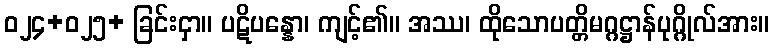
ဝ၂၄+၀၂၅+ ခြင်းငှာ။ ပဋိပန္နော၊ ကျင့်၏။ အဿ၊ ထိုသောပတ္တိမဂ္ဂဋ္ဌာန်ပုဂ္ဂိုလ်အား။